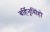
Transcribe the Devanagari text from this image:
बर्हिनृसिंहो